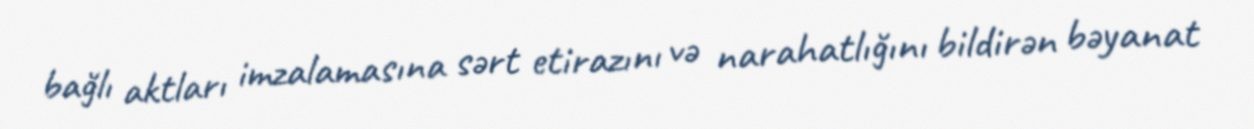
bağlı aktları imzalamasına sərt etirazını və narahatlığını bildirən bəyanat